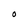
Character: O